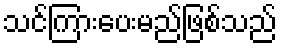
သင်ကြားပေးမည်ဖြစ်သည်